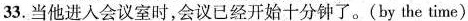
33.当他进人会议室时,会议已经开始十分钟了.(by the time)